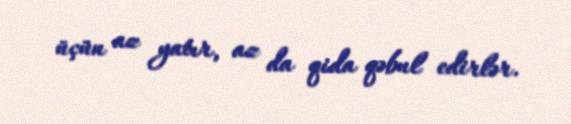
üçün az yatır, az da qida qəbul edirlər.